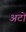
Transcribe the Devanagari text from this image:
अटो